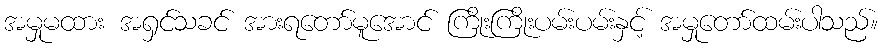
အမှုမထား အရှင်သခင် အားရတော်မူအောင် ကြိုးကြိုးပမ်းပမ်းနှင့် အမှုတော်ထမ်းပါသည်။